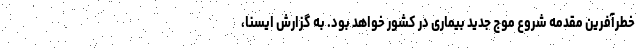
خطرآفرین مقدمه شروع موج جدید بیماری در کشور خواهد بود. به گزارش ایسنا،